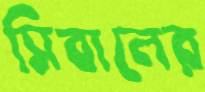
সিবালের